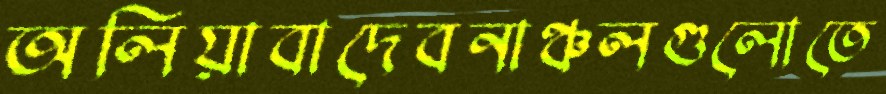
অলিয়াবাদেবনাঞ্চলগুলোতে